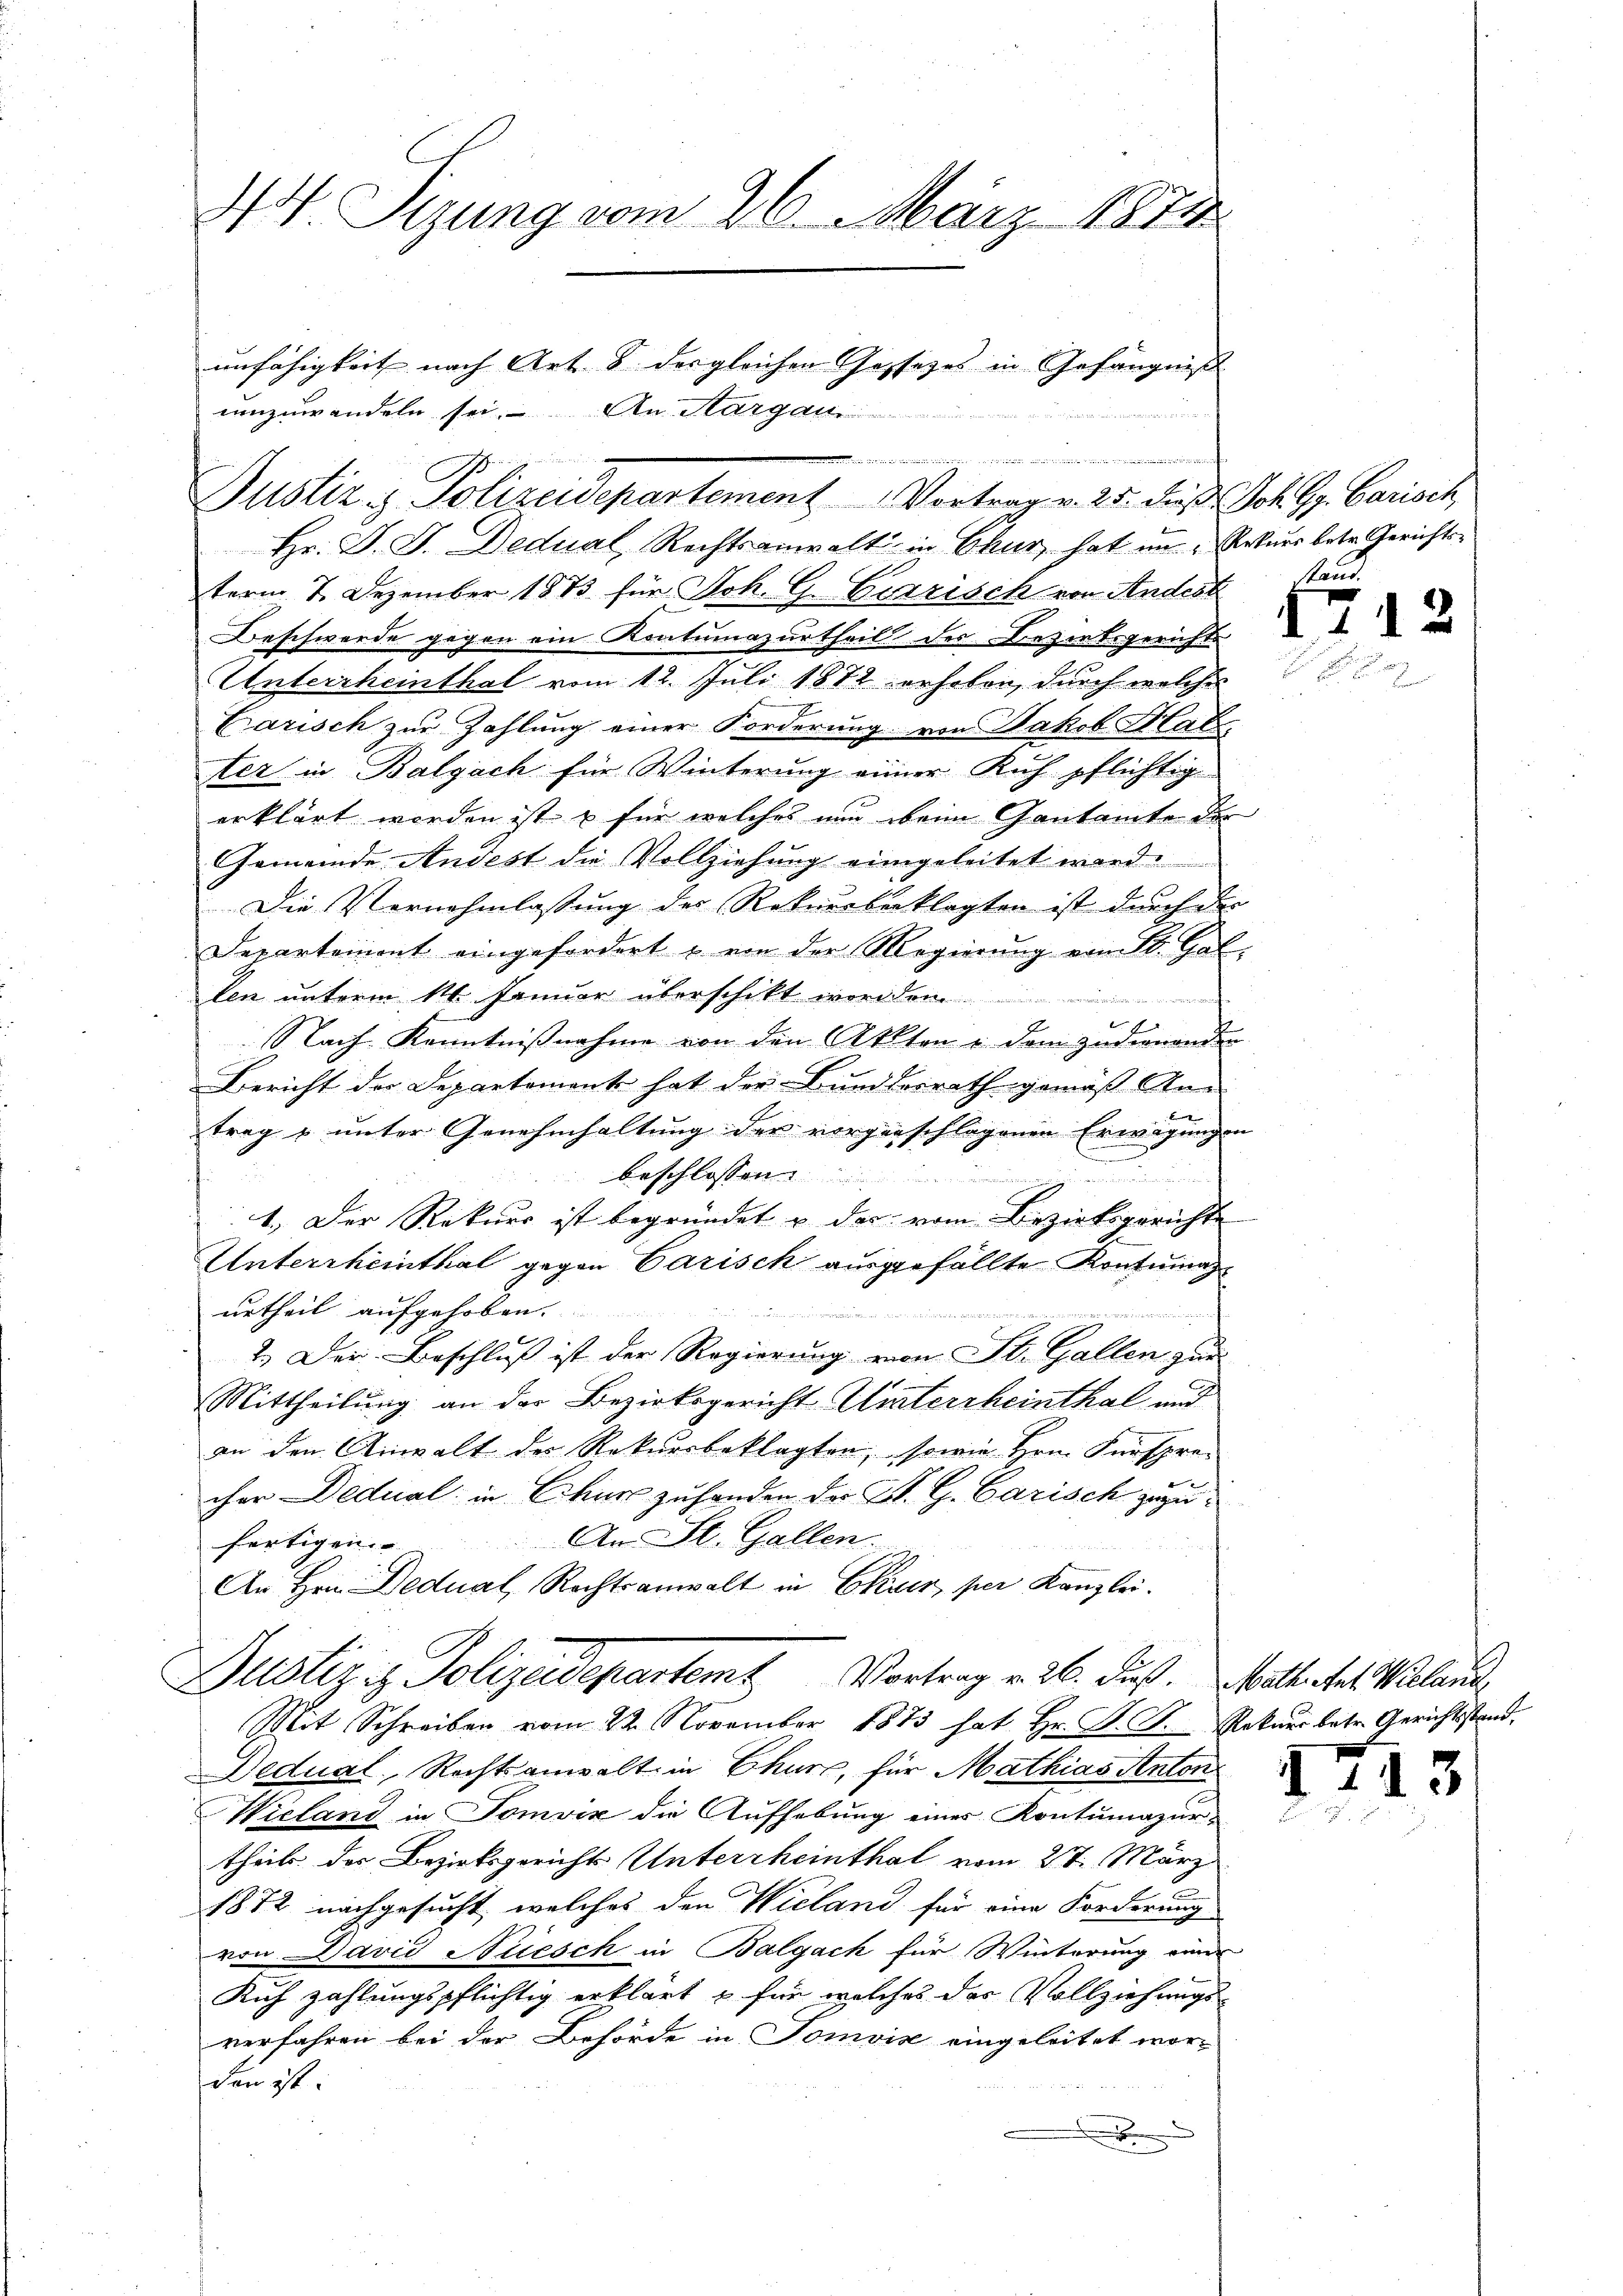
44 Sizung vom 26. März 1871

unfähigkeit nach Art. 8 des gleichen Gassezes in Gefängnis
umzuwandeln sei. An Margau
Justiz & Polizeidepartement Vortrag v. 25. dieß Joh. Gg. Carisch
Hr. J. J. Dedual, Rechtsanwalt in Chur, hat im Ortner betr. Gerichtsterm 7. Dezember 1873 für Joh. G. Carrisch von Andest
Beschwerde gegen ein Kontumazurtheil der Bezirksgerichte
Unterrheinthal vom 12. Juli 1872 erheben, durch welches
Carisch zur Zahlung einer Forderung von Jakob Hal
ter in Balgach für Winterung einer Ruh pflichtig
erklärt worden ist, & für welches nun beim Gantamte der
Gemeinde Andest die Vollziehung eingeleitet wird.
Die Vernehmlassung der Rekursbeklagten ist durch der
Departement eingefordert u von der Regierung vom St. Gal
ten unterm 11 Januar überschikt worden
x
Nach Kenntnißnahme von den Akten u dem zudienenden
Bericht der Departement hat der Bundesrath gemäß Ann
1
trag & unter Genehmhaltung der vorgenschlagenen Erwägungen
beschlossen:
2
1. Der Rekurr ist begründet u der vom Bezirksgerichte
Untersheinthal gegen Carisch ausgefällte Kontumaz
urtheil aufgehoben.
2.) Der Beschluß ist der Regierung von St. Gallen zur
Mittheilung an der Bezirksgericht Unterrheinthal und
an den Anwalt des Rekursbeklagten, sowie Hrn. Fürspre-
cher Dedual in Chur zu handen des St. G. Carisch zuzufertigen. An St. Gallen.
An Hrn. Dedual, Rechtsanwalt in Euer per Kanzlei.
Justizis Polizeidepartem Vortrag v. 26. Fuß. Nath hat Wieland,
Mit Schreiben vom 22. November 1873 hat Hr. F. J. Rekurs betr. Gerichtsstand,
Dedual, Rechtsanwalt in Chur, für Mathias Anton
Wieland in Tomviz die Aufhebung einer Kontumazurtheils der Bezirksgerichts Untertheinthat vom 27. März
1872 nachgesucht, welches den Wieland für eine Forderung
von David Niesch in Balgach für Winterung einer
Rich zahlungspflichtig erklärt & für welches des Vollziehungsverfahren bei der Behörde in Tomvise eingeleitet worden ist.

wegen eine nenneren sein se

stand.

.

2

13